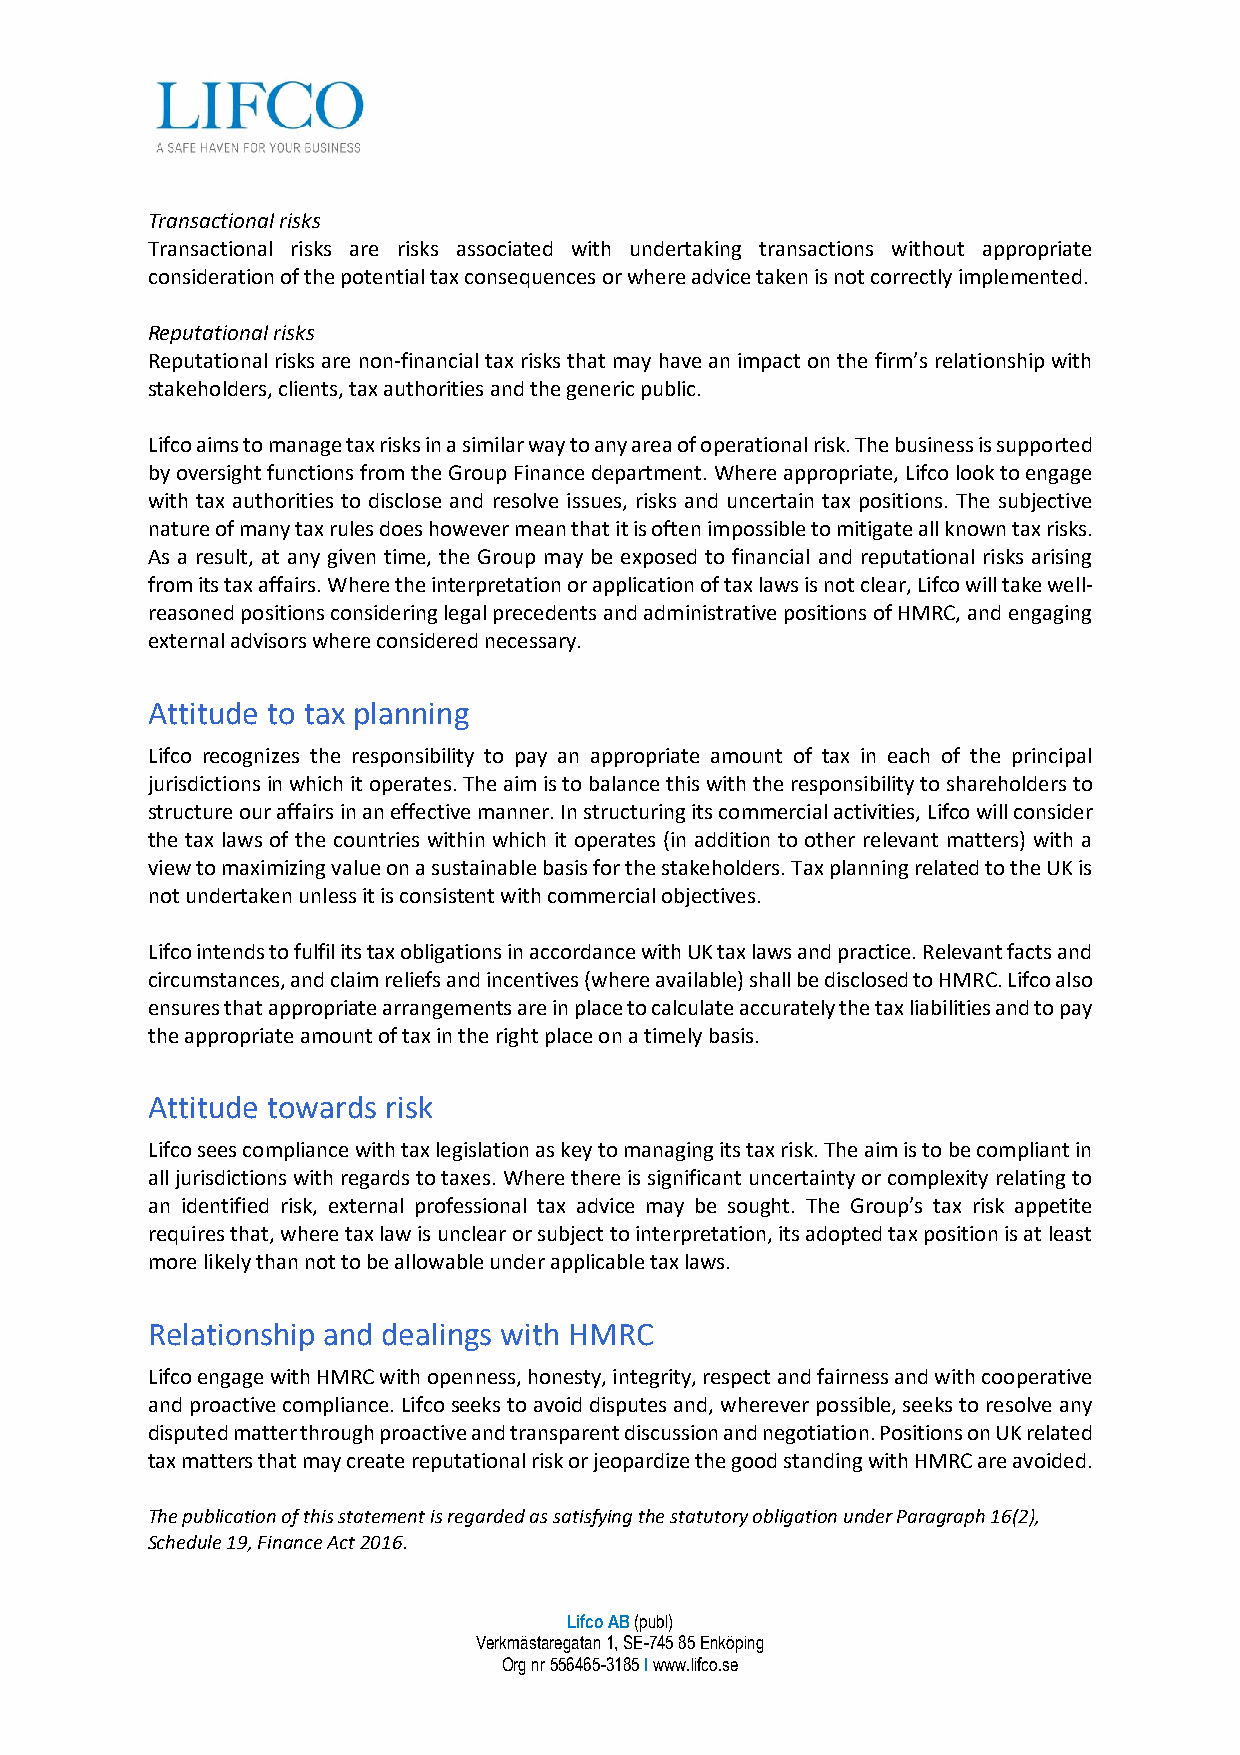
Transactional risks
 Transactional risks are risks associated with undertaking transactions without appropriate
 consideration of the potential tax consequences or where advice taken is not correctly implemented.
 Reputational risks
 Reputational risks are non-financial tax risks that may have an impact on the firm’s relationship with
 stakeholders, clients, tax authorities and the generic public.
 Lifco aims to manage tax risks in a similar way to any area of operational risk. The business is supported
 by oversight functions from the Group Finance department. Where appropriate, Lifco look to engage
 with tax authorities to disclose and resolve issues, risks and uncertain tax positions. The subjective
 nature of many tax rules does however mean that it is often impossible to mitigate all known tax risks.
 As a result, at any given time, the Group may be exposed to financial and reputational risks arising
 from its tax affairs. Where the interpretation or application of tax laws is not clear, Lifco will take well-
 reasoned positions considering legal precedents and administrative positions of HMRC, and engaging
 external advisors where considered necessary.
 Attitude to tax planning
 Lifco recognizes the responsibility to pay an appropriate amount of tax in each of the principal
 jurisdictions in which it operates. The aim is to balance this with the responsibility to shareholders to
 structure our affairs in an effective manner. In structuring its commercial activities, Lifco will consider
 the tax laws of the countries within which it operates (in addition to other relevant matters) with a
 view to maximizing value on a sustainable basis for the stakeholders. Tax planning related to the UK is
 not undertaken unless it is consistent with commercial objectives.
 Lifco intends to fulfil its tax obligations in accordance with UK tax laws and practice. Relevant facts and
 circumstances, and claim reliefs and incentives (where available) shall be disclosed to HMRC. Lifco also
 ensures that appropriate arrangements are in place to calculate accurately the tax liabilities and to pay
 the appropriate amount of tax in the right place on a timely basis.
 Attitude towards risk
 Lifco sees compliance with tax legislation as key to managing its tax risk. The aim is to be compliant in
 all jurisdictions with regards to taxes. Where there is significant uncertainty or complexity relating to
 an identified risk, external professional tax advice may be sought. The Group’s tax risk appetite
 requires that, where tax law is unclear or subject to interpretation, its adopted tax position is at least
 more likely than not to be allowable under applicable tax laws.
 Relationship and dealings with HMRC
 Lifco engage with HMRC with openness, honesty, integrity, respect and fairness and with cooperative
 and proactive compliance. Lifco seeks to avoid disputes and, wherever possible, seeks to resolve any
 disputed matter through proactive and transparent discussion and negotiation. Positions on UK related
 tax matters that may create reputational risk or jeopardize the good standing with HMRC are avoided.
 The publication of this statement is regarded as satisfying the statutory obligation under Paragraph 16(2),
 Schedule 19, Finance Act 2016.
 Lifco AB (publ)
 Verkmästaregatan 1, SE-745 85 Enköping
 Org nr 556465-3185 I www.lifco.se